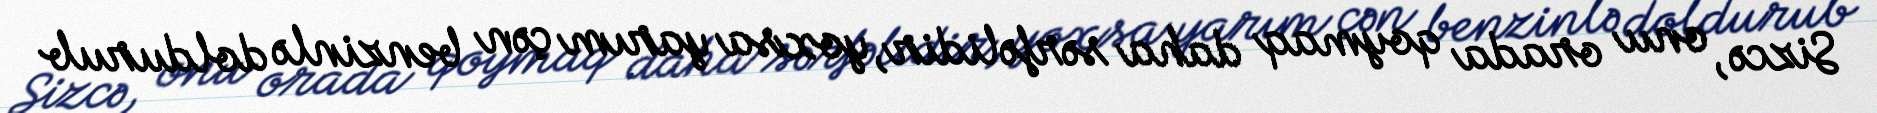
Sizcə, onu orada qoymaq daha sərfəlidir, yoxsa yarım çən benzinlə doldurub